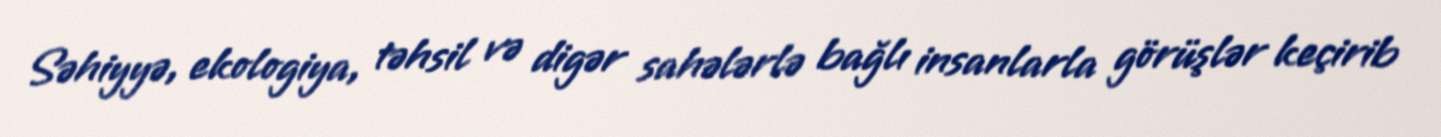
Səhiyyə, ekologiya, təhsil və digər sahələrlə bağlı insanlarla görüşlər keçirib